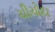
ચીચોદા